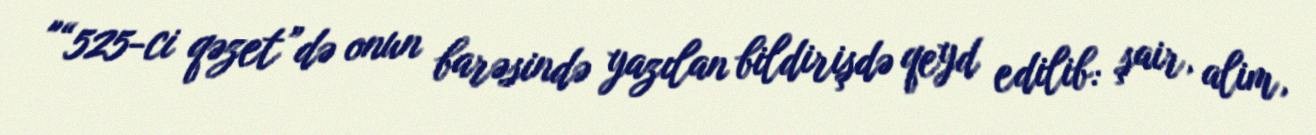
"“525-ci qəzet”də onun barəsində yazılan bildirişdə qeyd edilib: şair, alim,